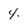
Character: 4